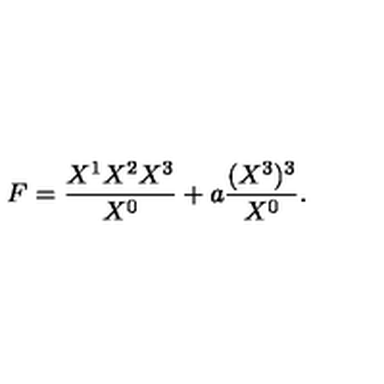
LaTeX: F = { \frac { X ^ { 1 } X ^ { 2 } X ^ { 3 } } { X ^ { 0 } } } + a { \frac { ( X ^ { 3 } ) ^ { 3 } } { X ^ { 0 } } } .